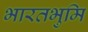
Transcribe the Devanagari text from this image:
भारतभुमि